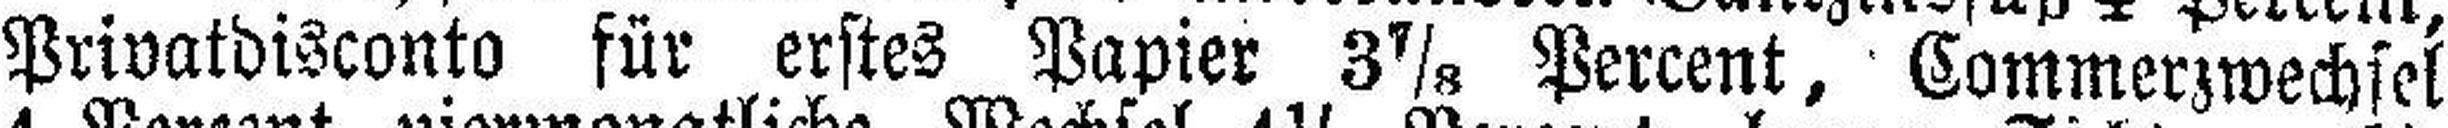
Privatdisconto für erstes Papier 3 7/8 Percent, Commerzwechsel